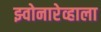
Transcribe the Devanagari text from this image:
झ्वोनारेव्हाला